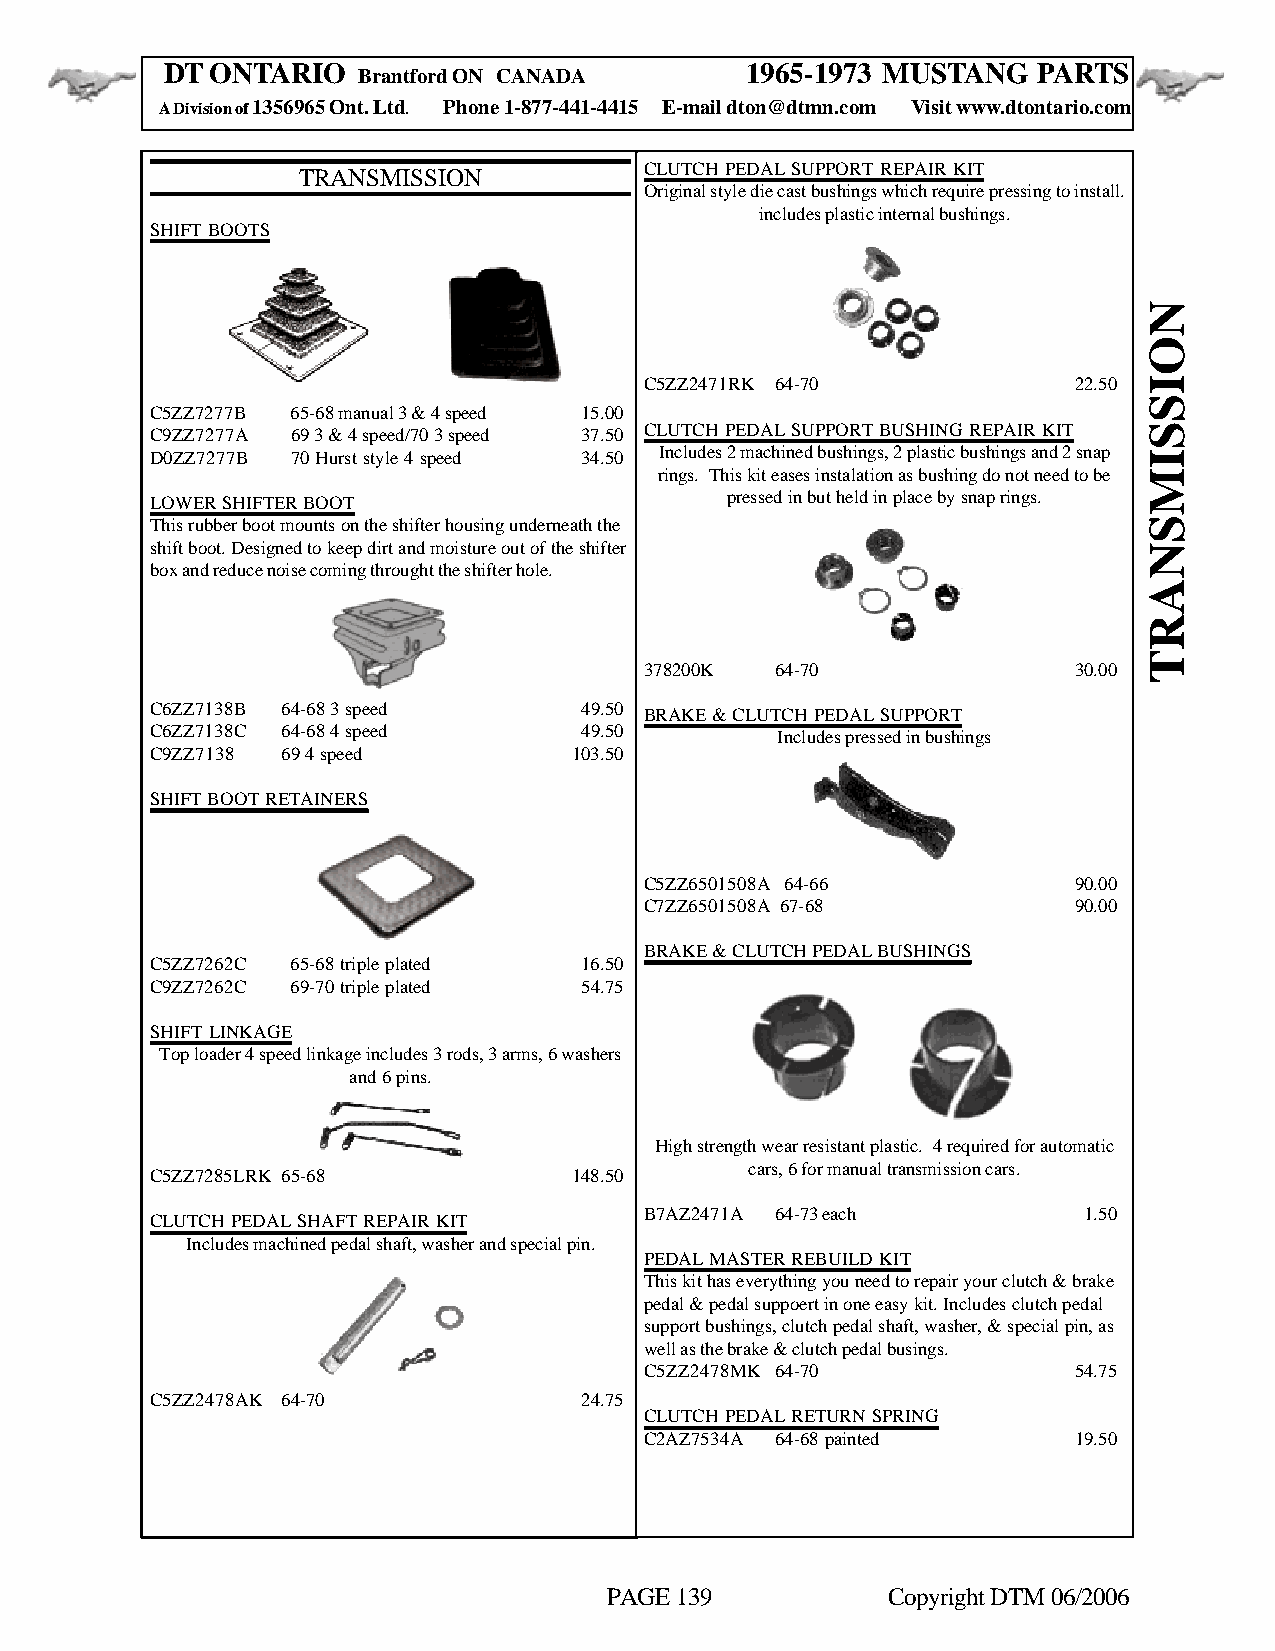
DT ONTARIO                            1965-1973 MUSTANG   PARTS
 Brantford ON CANADA
 A Division of 1356965 Ont. Ltd. Phone 1-877-441-4415 E-mail dton@dtmn.com Visit www.dtontario.com
 CLUTCH PEDAL SUPPORT REPAIR KIT
 TRANSMISSION
 Original style die cast bushings which require pressing to install.
 includes plastic internal bushings.
 SHIFT BOOTS
 C5ZZ2471RK 64-70            22.50
 C5ZZ7277B 65-68 manual 3 & 4 speed 15.00
 C9ZZ7277A 69 3 & 4 speed/70 3 speed 37.50 CLUTCH PEDAL SUPPORT BUSHING REPAIR KIT
 D0ZZ7277B 70 Hurst style 4 speed 34.50 Includes 2 machined bushings, 2 plastic bushings and 2 snap
 rings. This kit eases instalation as bushing do not need to be
 LOWER SHIFTER BOOT                    pressed in but held in place by snap rings.
 This rubber boot mounts on the shifter housing underneath the
 shift boot. Designed to keep dirt and moisture out of the shifter
 box and reduce noise coming throught the shifter hole.
 378200K 64-70               30.00
 C6ZZ7138B 64-68 3 speed     49.50 BRAKE & CLUTCH PEDAL SUPPORT
 C6ZZ7138C 64-68 4 speed     49.50        Includes pressed in bushings
 C9ZZ7138 69 4 speed         103.50
 SHIFT BOOT RETAINERS
 C5ZZ6501508A 64-66          90.00
 C7ZZ6501508A 67-68          90.00
 BRAKE & CLUTCH PEDAL BUSHINGS
 C5ZZ7262C 65-68 triple plated 16.50
 C9ZZ7262C 69-70 triple plated 54.75
 SHIFT LINKAGE
 Top loader 4 speed linkage includes 3 rods, 3 arms, 6 washers
 and 6 pins.
 High strength wear resistant plastic. 4 required for automatic
 cars, 6 for manual transmission cars.
 C5ZZ7285LRK 65-68           148.50
 B7AZ2471A 64-73 each         1.50
 CLUTCH PEDAL SHAFT REPAIR KIT
 Includes machined pedal shaft, washer and special pin.
 PEDAL MASTER REBUILD KIT
 This kit has everything you need to repair your clutch & brake
 pedal & pedal suppoert in one easy kit. Includes clutch pedal
 support bushings, clutch pedal shaft, washer, & special pin, as
 well as the brake & clutch pedal busings.
 C5ZZ2478MK 64-70            54.75
 C5ZZ2478AK 64-70            24.75
 CLUTCH PEDAL RETURN SPRING
 C2AZ7534A 64-68 painted     19.50
 PAGE 139           Copyright DTM 06/2006
 NOISSIMSNART